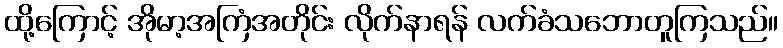
ထို့ကြောင့် အိုမာ့အကြံအတိုင်း လိုက်နာရန် လက်ခံသဘောတူကြသည်။